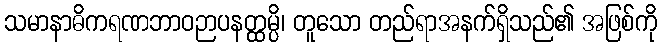
သမာနာဓိကရဏဘာဝဉာပနတ္ထမ္ပိ၊ တူသော တည်ရာအနက်ရှိသည်၏ အဖြစ်ကို